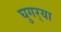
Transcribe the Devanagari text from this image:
घुगर्‍या